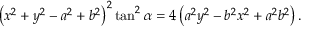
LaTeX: \left( x ^ { 2 } + y ^ { 2 } - a ^ { 2 } + b ^ { 2 } \right) ^ { 2 } \tan ^ { 2 } \alpha = 4 \left( a ^ { 2 } y ^ { 2 } - b ^ { 2 } x ^ { 2 } + a ^ { 2 } b ^ { 2 } \right) .